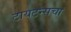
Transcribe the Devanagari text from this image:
टायटन्सचा